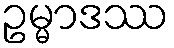
ဥမ္မာဒဿ